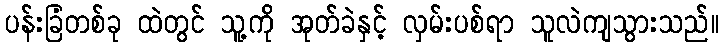
ပန်းခြံတစ်ခု ထဲတွင် သူ့ကို အုတ်ခဲနှင့် လှမ်းပစ်ရာ သူလဲကျသွားသည်။